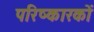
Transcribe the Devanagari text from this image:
परिष्कारकों